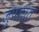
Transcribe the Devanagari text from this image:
जुंपतात